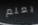
يعلم